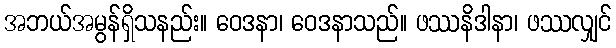
အဘယ်အမွန်ရှိသနည်း။ ဝေဒနာ၊ ဝေဒနာသည်။ ဖဿနိဒါနာ၊ ဖဿလျှင်